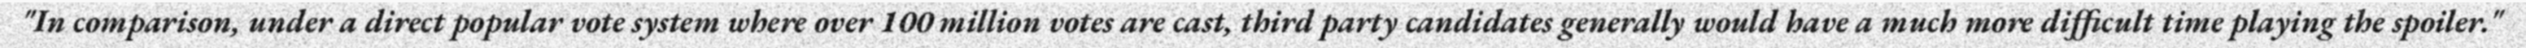
"In comparison, under a direct popular vote system where over 100 million votes are cast, third party candidates generally would have a much more difficult time playing the spoiler."